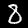
Label: 8